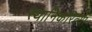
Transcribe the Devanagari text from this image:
स्थानिकरित्या